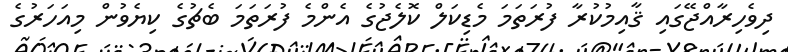
ދިވެހިރާއްޖޭގައި ޤާއިމުކުރާ ފުރަތަމަ މެޑިކަލް ކޮލެޖުގެ އެންމެ ފުރަތަމަ ބެޗުގެ ކިޔެވުން މިއަހަރުގެ